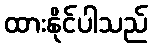
ထားနိုင်ပါသည်